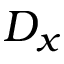
D _ { x }